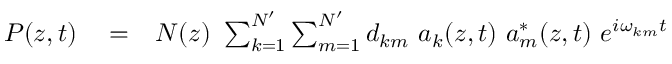
\begin{array} { r l r } { P ( z , t ) } & { { } = } & { N ( z ) \ \sum _ { k = 1 } ^ { N ^ { \prime } } \sum _ { m = 1 } ^ { N ^ { \prime } } d _ { k m } \ a _ { k } ( z , t ) \ a _ { m } ^ { * } ( z , t ) \ e ^ { i \omega _ { k m } t } } \end{array}